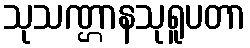
သုသဏ္ဌာနသုရူပတာ